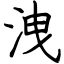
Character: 洩